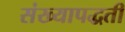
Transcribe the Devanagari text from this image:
संख्यापद्धती